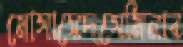
মোসায়েদসেমিনার